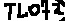
Text: tl072